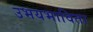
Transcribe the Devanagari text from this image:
उभयभाविता